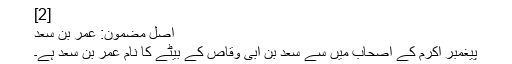
[2]
اصل مضمون: عمر بن سعد
پیغمبر اکرمؐ کے اصحاب میں سے سعد بن ابی وقاص کے بیٹے کا نام عمر بن سعد ہے۔